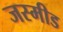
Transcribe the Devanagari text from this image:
जस्मीड